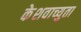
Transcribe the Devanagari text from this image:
केेशवाच्युता